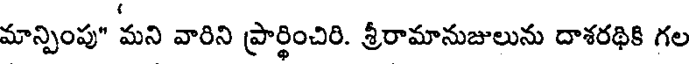
మాన్పింపు" మని వారిని ప్రార్థించిరి. శ్రీరామానుజులును దాశరథికి గల